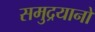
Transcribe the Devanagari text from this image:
समुद्रयानों